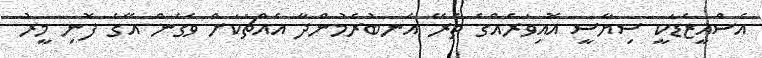
އެސްއީޒެޑަކީ ސިޔާސީ އޮއިވަރެއްގެ ތެރޭ އެނބުރެމުންދާ އެއްޗަކަށް ވެގެން އޭގެ ފޮނި މީރު